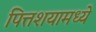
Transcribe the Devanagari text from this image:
पित्तशयामध्ये